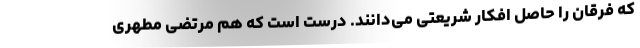
که فرقان را حاصل افکار شریعتی می‌دانند. درست است که هم مرتضی مطهری